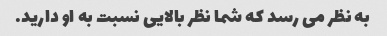
به نظر می رسد که شما نظر بالایی نسبت به او دارید.